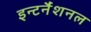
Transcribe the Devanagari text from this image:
इन्टर्नैशनल